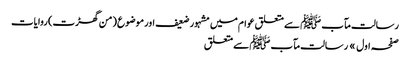
رسالت مآب ﷺ سے متعلق عوام میں مشہور ضعیف اور موضوع (من گھڑت) روایات
صفحہ اول » رسالت مآب ﷺ سے متعلق